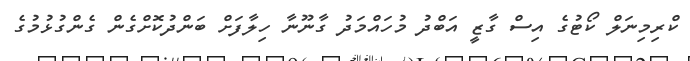
ކްރިމިނަލް ކޯޓުގެ އިސް ގާޒީ އަބްދު މުހައްމަދު ގާނޫނާ ހިލާފަށް ބަންދުކޮށްގެން ގެންގުޅުމުގެ